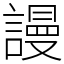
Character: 謾